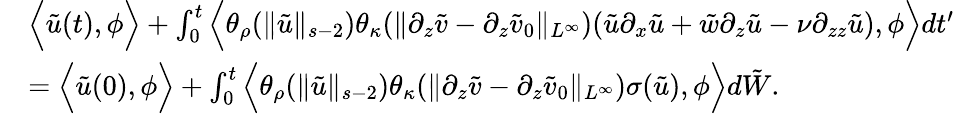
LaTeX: \begin{array}{rl}&{\Big\langle\tilde{u}(t),\phi\Big\rangle+\int_{0}^{t}\Big\langle\theta_{\rho}(\| \tilde{u}\| _{s-2})\theta_{\kappa}(\| \partial_{z}\tilde{v}-\partial_{z}\tilde{v}_{0}\| _{L^{\infty}})(\tilde{u}\partial_{x}\tilde{u}+\tilde{w}\partial_{z}\tilde{u}-\nu\partial_{zz}\tilde{u}),\phi\Big\rangle dt^{\prime}}\\ &{=\Big\langle\tilde{u}(0),\phi\Big\rangle+\int_{0}^{t}\Big\langle\theta_{\rho}(\| \tilde{u}\| _{s-2})\theta_{\kappa}(\| \partial_{z}\tilde{v}-\partial_{z}\tilde{v}_{0}\| _{L^{\infty}})\sigma(\tilde{u}),\phi\Big\rangle d\tilde{W}.}\end{array}